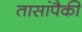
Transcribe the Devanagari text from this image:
तासांपैकी